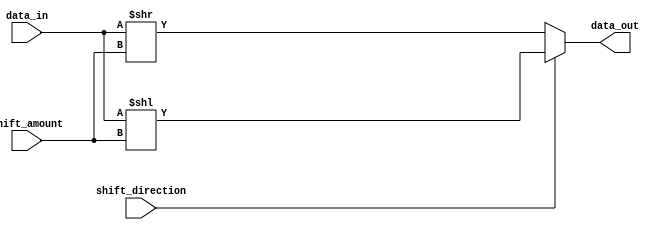
module barrel_shifter(
    input [7:0] data_in,
    input [3:0] shift_amount,
    input shift_direction, // 0 for right shift, 1 for left shift
    output reg [7:0] data_out
);

always @(*) begin
    if(shift_direction == 0) begin
        data_out = data_in >> shift_amount;
    end else begin
        data_out = data_in << shift_amount;
    end
end

endmodule